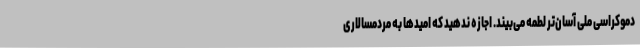
دموکراسی ملی آسان‌تر لطمه می‌بیند. اجازه ندهید که امیدها به مردمسالاری